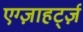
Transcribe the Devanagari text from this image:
एग्ज़ाहर्ट्ज़